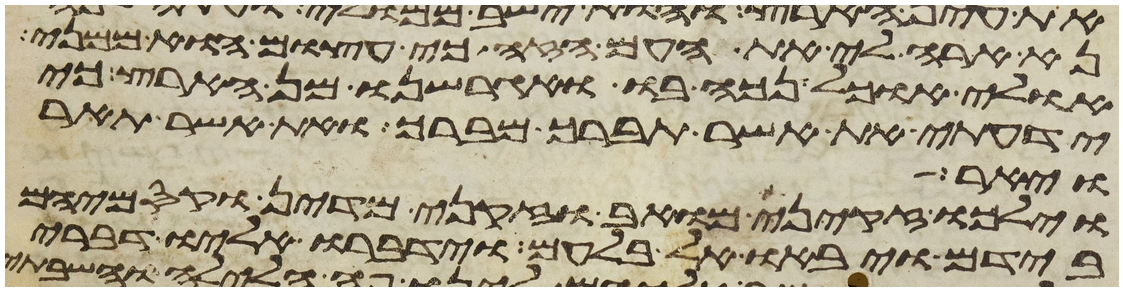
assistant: נא ארה לי את העם הזה כי עצום הוא ממני
אולי אוכל נכה בו ואגרשנו מן הארץ כי
ידעתי את אשר תברך מברך ואת אשר תאר
ויאר
וילכו זקני מואב וזקני מדין וקסמיהם
בידם ויבאו אל בלעם וידברו אליו דברי